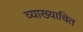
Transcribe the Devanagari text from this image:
व्याख्याचित